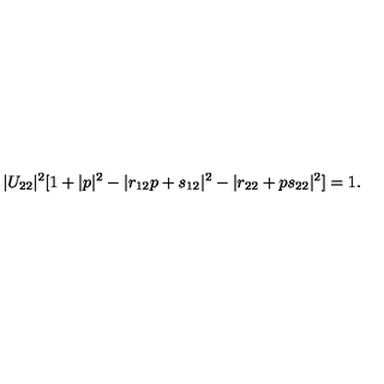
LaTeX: | U _ { 2 2 } | ^ { 2 } [ 1 + | p | ^ { 2 } - | r _ { 1 2 } p + s _ { 1 2 } | ^ { 2 } - | r _ { 2 2 } + p s _ { 2 2 } | ^ { 2 } ] = 1 .